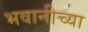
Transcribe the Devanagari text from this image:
भवानीच्या